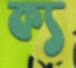
ক্য